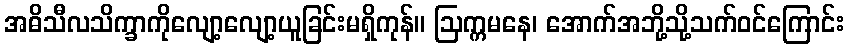
အဓိသီလသိက္ခာကိုလျော့လျော့ယူခြင်းမရှိကုန်။ ဩက္ကမနေ၊ အောက်အဘို့သို့သက်ဝင်ကြောင်း